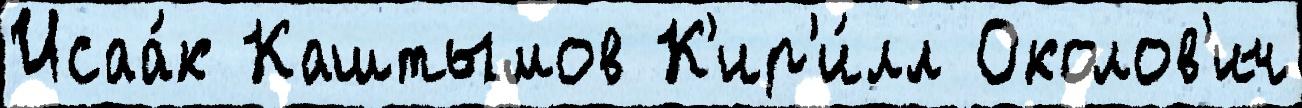
Исаа́к Каштымов К'ир'и́лл Околов'ич